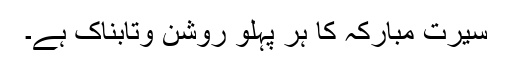
سیرت مبارکہ کا ہر پہلو روشن وتابناک ہے۔